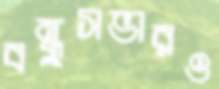
বন্ধুসভারও